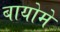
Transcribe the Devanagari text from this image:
बायोमे